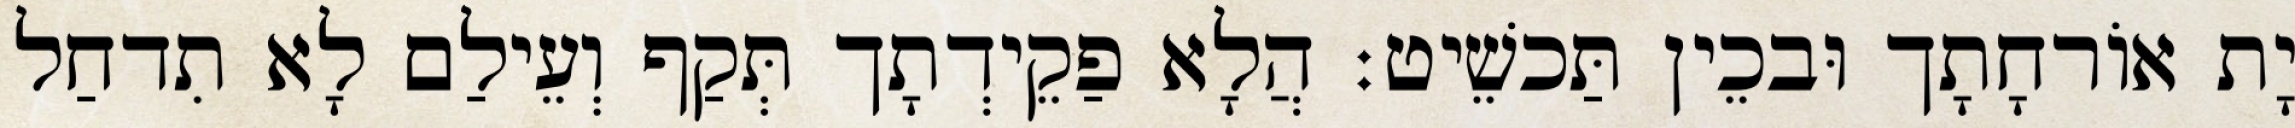
יָת אוֹרחָתָך וּבכֵין תַּכשֵׁיט׃ הֲלָא פַקֵידְתָך תְּקַף וְעֵילַם לָא תִדחַל